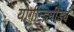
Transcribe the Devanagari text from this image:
योगीन्द्रमीड्यं